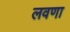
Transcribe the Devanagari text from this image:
लवणा